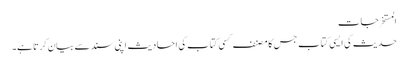
المستخرجات
حدیث کی ایسی کتاب جس کا مصنف کسی کتاب کی احادیث اپنی سند سے بیان کرتا ہے۔